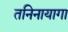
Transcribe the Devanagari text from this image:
तनिनायागा